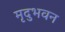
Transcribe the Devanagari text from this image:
मृदुभवन